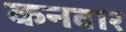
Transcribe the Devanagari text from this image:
कनवार